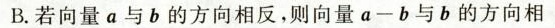
B.若向量a与b的方向相反，则向量a-b与b的方向相